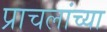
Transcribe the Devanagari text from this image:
प्राचलांच्या